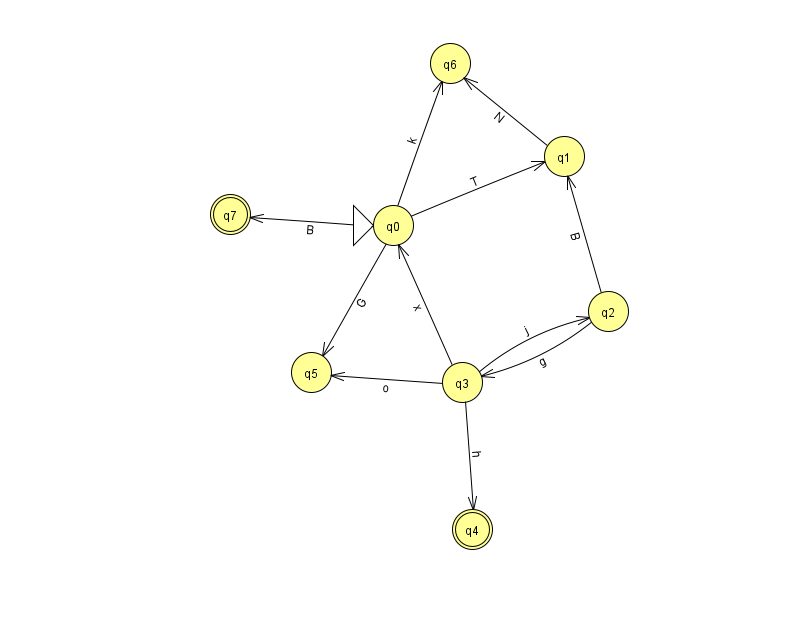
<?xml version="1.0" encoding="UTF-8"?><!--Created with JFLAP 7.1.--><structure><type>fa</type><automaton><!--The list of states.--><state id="0" name="q0"><x>393.0</x><y>212.0</y><initial/></state><state id="1" name="q1"><x>564.0</x><y>143.0</y></state><state id="2" name="q2"><x>608.0</x><y>298.0</y></state><state id="3" name="q3"><x>462.0</x><y>369.0</y></state><state id="4" name="q4"><x>472.0</x><y>516.0</y><final/></state><state id="5" name="q5"><x>311.0</x><y>359.0</y></state><state id="6" name="q6"><x>450.0</x><y>50.0</y></state><state id="7" name="q7"><x>230.0</x><y>201.0</y><final/></state><!--The list of transitions.--><transition><from>0</from><to>7</to><read>B</read></transition><transition><from>2</from><to>3</to><read>g</read></transition><transition><from>0</from><to>6</to><read>k</read></transition><transition><from>3</from><to>4</to><read>h</read></transition><transition><from>0</from><to>5</to><read>G</read></transition><transition><from>0</from><to>1</to><read>T</read></transition><transition><from>3</from><to>5</to><read>o</read></transition><transition><from>1</from><to>6</to><read>N</read></transition><transition><from>3</from><to>2</to><read>j</read></transition><transition><from>2</from><to>1</to><read>B</read></transition><transition><from>3</from><to>0</to><read>x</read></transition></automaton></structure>